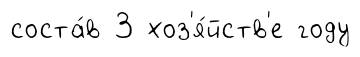
соста́в 3 хоз'я́йств'е году